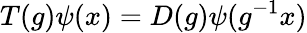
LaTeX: T(g)\psi(x)=D(g)\psi(g^{-1}x)